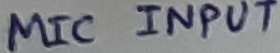
Text: MIC INPUT